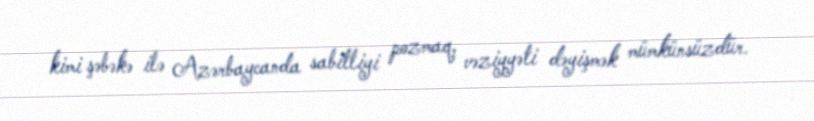
kimi şəbəkə ilə Azərbaycanda sabitliyi pozmaq, vəziyyəti dəyişmək mümkünsüzdür.